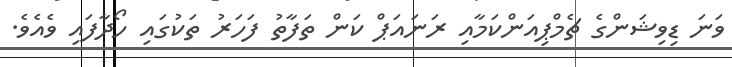
ވަނަ ޑިވިޝަންގެ ޗެމްޕިއަންކަމާއި ރަނައަޕް ކަން ތަފާތު ފަހަރު ތަކުގައި ހޯދާފައި ވެއެވެ.